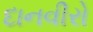
દાનવીરો